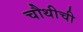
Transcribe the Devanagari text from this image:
चौथीची